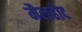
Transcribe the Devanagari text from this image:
मैलहोट